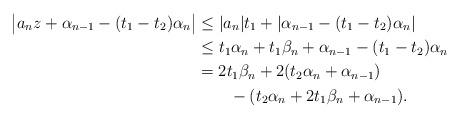
LaTeX: \begin{align*}\big|a_nz+\alpha_{n-1}-(t_1-t_2)\alpha_n\big|&\leq |a_n|t_1+|\alpha_{n-1}-(t_1-t_2)\alpha_n|\\&\leq t_1\alpha_n+t_1\beta_n+\alpha_{n-1}-(t_1-t_2)\alpha_n\\&=2t_1\beta_n+2(t_2\alpha_n+\alpha_{n-1})\\&\qquad-(t_2\alpha_n+2t_1\beta_n+\alpha_{n-1}).\end{align*}